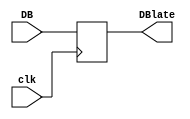
`timescale 1ns / 1ps
//////////////////////////////////////////////////////////////////////////////////
// Company: 
// Engineer: 
// 
// Design Name: 
// Module Name: DBDR
// Project Name: 
// Target Devices: 
// Tool Versions: 
// Description: 
// 
// Dependencies: 
// 
// Revision:
// Revision 0.01 - File Created
// Additional Comments:
// 
//////////////////////////////////////////////////////////////////////////////////


module DBDR(
    input clk,
    input [31:0] DB,
    output reg [31:0] DBlate
    );
    always@(posedge clk) begin
        DBlate = DB;
    end
endmodule